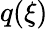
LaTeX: q(\xi)